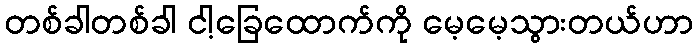
တစ်ခါတစ်ခါ ငါ့ခြေထောက်ကို မေ့မေ့သွားတယ်ဟာ